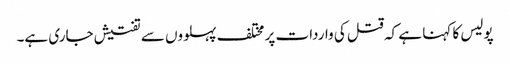
پولیس کا کہنا ہے کہ قتل کی واردات پر مختلف پہلووں سے تفتیش جاری ہے۔